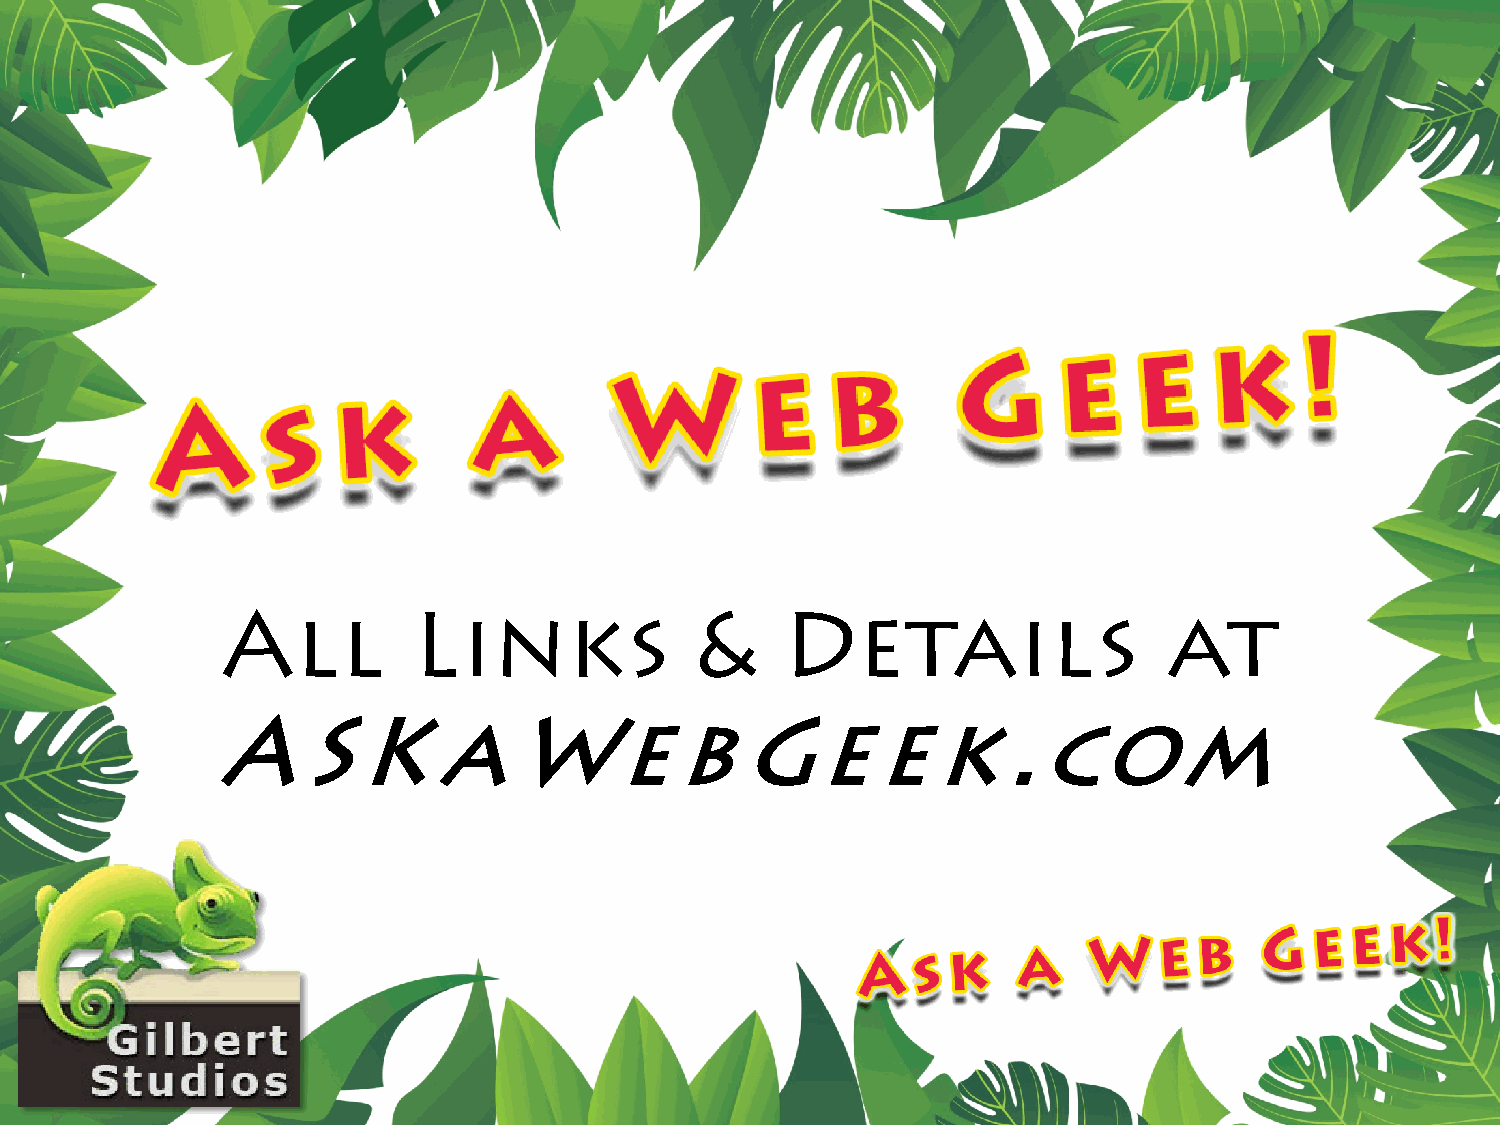
All         Links              &     Details                  at
 ASKaWebGeek.com